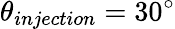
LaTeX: \theta_{injection}=30^{\circ}